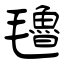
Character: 氌